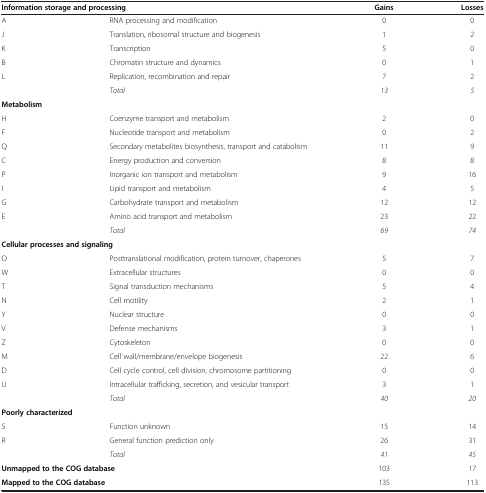
| <COLSPAN=2> Information storage and processing | Gains | Losses |
 | --- | --- | --- | --- |
 | A | RNA processing and modification | 0 | 0 |
 | J | Translation, ribosomal structure and biogenesis | 1 | 2 |
 | K | Transcription | 5 | 0 |
 | B | Chromatin structure and dynamics | 0 | 1 |
 | L | Replication, recombination and repair | 7 | 2 |
 |  | Total | 13 | 5 |
 | Metabolism |  |  |  |
 | H | Coenzyme transport and metabolism | 2 | 0 |
 | F | Nucleotide transport and metabolism | 0 | 2 |
 | Q | Secondary metabolites biosynthesis, transport and catabolism | 11 | 9 |
 | C | Energy production and conversion | 8 | 8 |
 | P | Inorganic ion transport and metabolism | 9 | 16 |
 | I | Lipid transport and metabolism | 4 | 5 |
 | G | Carbohydrate transport and metabolism | 12 | 12 |
 | E | Amino acid transport and metabolism | 23 | 22 |
 |  | Total | 69 | 74 |
 | <COLSPAN=4> Cellular processes and signaling |
 | O | Posttranslational modification, protein turnover, chaperones | 5 | 7 |
 | W | Extracellular structures | 0 | 0 |
 | T | Signal transduction mechanisms | 5 | 4 |
 | N | Cell motility | 2 | 1 |
 | Y | Nuclear structure | 0 | 0 |
 | V | Defense mechanisms | 3 | 1 |
 | Z | Cytoskeleton | 0 | 0 |
 | M | Cell wall/membrane/envelope biogenesis | 22 | 6 |
 | D | Cell cycle control, cell division, chromosome partitioning | 0 | 0 |
 | U | Intracellular trafficking, secretion, and vesicular transport | 3 | 1 |
 |  | Total | 40 | 20 |
 | <COLSPAN=4> Poorly characterized |
 | S | Function unknown | 15 | 14 |
 | R | General function prediction only | 26 | 31 |
 |  | Total | 41 | 45 |
 | <COLSPAN=2> Unmapped to the COG database | 103 | 17 |
 | <COLSPAN=2> Mapped to the COG database | 135 | 113 |